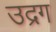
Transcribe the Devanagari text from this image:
उद्रग